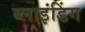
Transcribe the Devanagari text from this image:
ब्‍लाइंडिंग